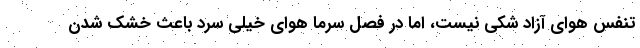
تنفس هوای آزاد شکی نیست، اما در فصل سرما هوای خیلی سرد باعث خشک شدن